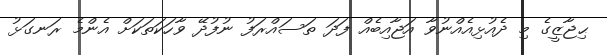
ޙިޖާޒީގެ މި ދެއުޅިއެއްނުވާ އަޖާއިބެއް ފަދަ ތަސައްރަފު ނުފުދޭ ވާހަކަތަކަށް އެންމެ ރަނގަޅު